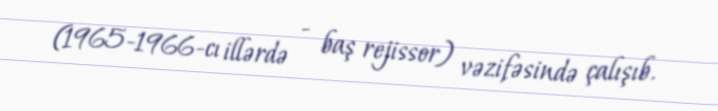
(1965-1966-cı illərdə - baş rejissor) vəzifəsində çalışıb.